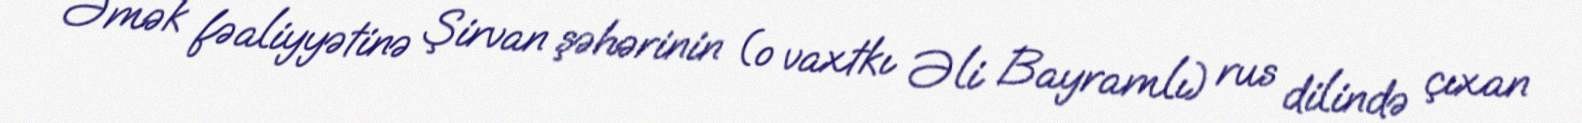
Əmək fəaliyyətinə Şirvan şəhərinin (o vaxtkı Əli Bayramlı) rus dilində çıxan